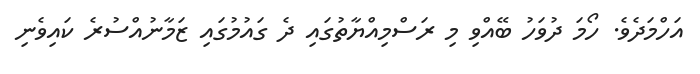
އަހްމަދެވެ. ހޯމަ ދުވަހު ބޭއްވި މި ރަސްމިއްޔާތުގައި ދެ ގައުމުގައި ޒަމާނުއްސުރެ ކައިވެނި